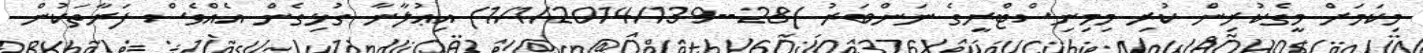
މިކަމަށް މީގެކުރިން ކުރި މިމިނިސްޓްރީގެ ނަންބަރު )28--1/1/2014/139) އިޢުލާނާ ގުޅިގެން އެއްވެސް ފަރާތަކުން